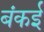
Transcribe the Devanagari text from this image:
बंकई